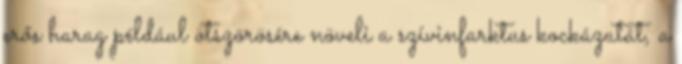
erős harag például ötszörösére növeli a szívinfarktus kockázatát, a